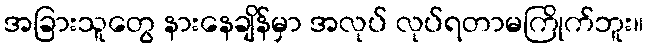
အခြားသူတွေ နားနေချိန်မှာ အလုပ် လုပ်ရတာမကြိုက်ဘူး။